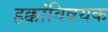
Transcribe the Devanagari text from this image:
हक्कांविषयक